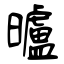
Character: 曥